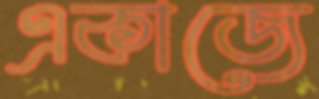
একাজে